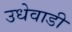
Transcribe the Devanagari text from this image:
उधेवाडी